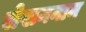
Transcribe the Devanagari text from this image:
लेखननाम